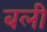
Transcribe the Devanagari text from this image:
बली